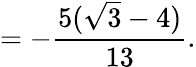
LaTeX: =-{\frac{5({\sqrt{3}}-4)}{13}}.